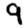
Digit: 9